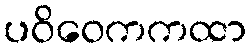
ပဝိဝေကကထာ